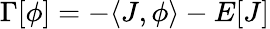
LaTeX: \Gamma[\phi]=-\langle J,\phi\rangle-E[J]